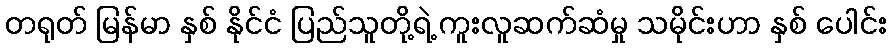
တရုတ် မြန်မာ နှစ် နိုင်ငံ ပြည်သူတို့ရဲ့ ကူးလူဆက်ဆံမှု သမိုင်းဟာ နှစ် ပေါင်း